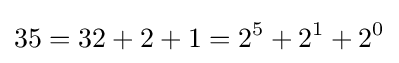
35=32+2+1=2^{5}+2^{1}+2^{0}